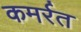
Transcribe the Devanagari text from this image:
कमर्रत